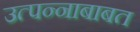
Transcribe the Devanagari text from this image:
उत्पन्नाबाबत